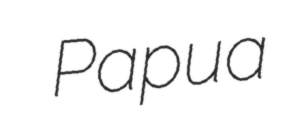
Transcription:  Papua